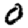
Digit: 0